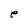
Character: e